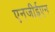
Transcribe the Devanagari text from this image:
एनजीईएन